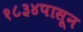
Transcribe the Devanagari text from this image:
१८३४पासून